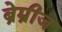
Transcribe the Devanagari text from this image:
ब्रेम्रीज